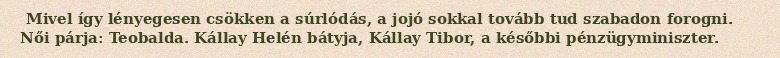
Mivel így lényegesen csökken a súrlódás, a jojó sokkal tovább tud szabadon forogni. Női párja: Teobalda. Kállay Helén bátyja, Kállay Tibor, a későbbi pénzügyminiszter.